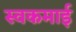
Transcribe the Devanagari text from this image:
स्वकमाई